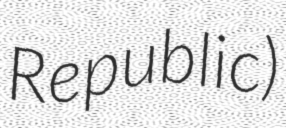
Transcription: Republic)